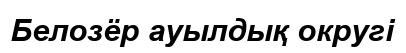
Белозёр ауылдық округі